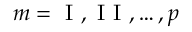
m = \mathrm { ~ I ~ } , \mathrm { ~ I ~ I ~ } , \dots , p